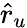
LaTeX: \hat{r}_{u}